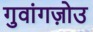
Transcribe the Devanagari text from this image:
गुवांगज़ोउ